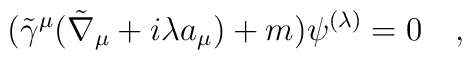
(\tilde{\gamma}^\mu (\tilde{\nabla}_\mu+i\lambda a_\mu)+m)\psi^{(\lambda)}=0~~~,